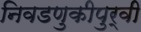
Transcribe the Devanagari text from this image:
निवडणुकीपुर्वी